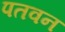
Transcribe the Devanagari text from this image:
पतवन